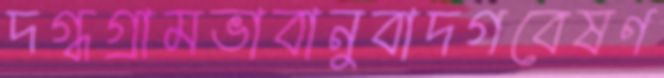
দগ্ধগ্রামভাবানুবাদগবেষণ